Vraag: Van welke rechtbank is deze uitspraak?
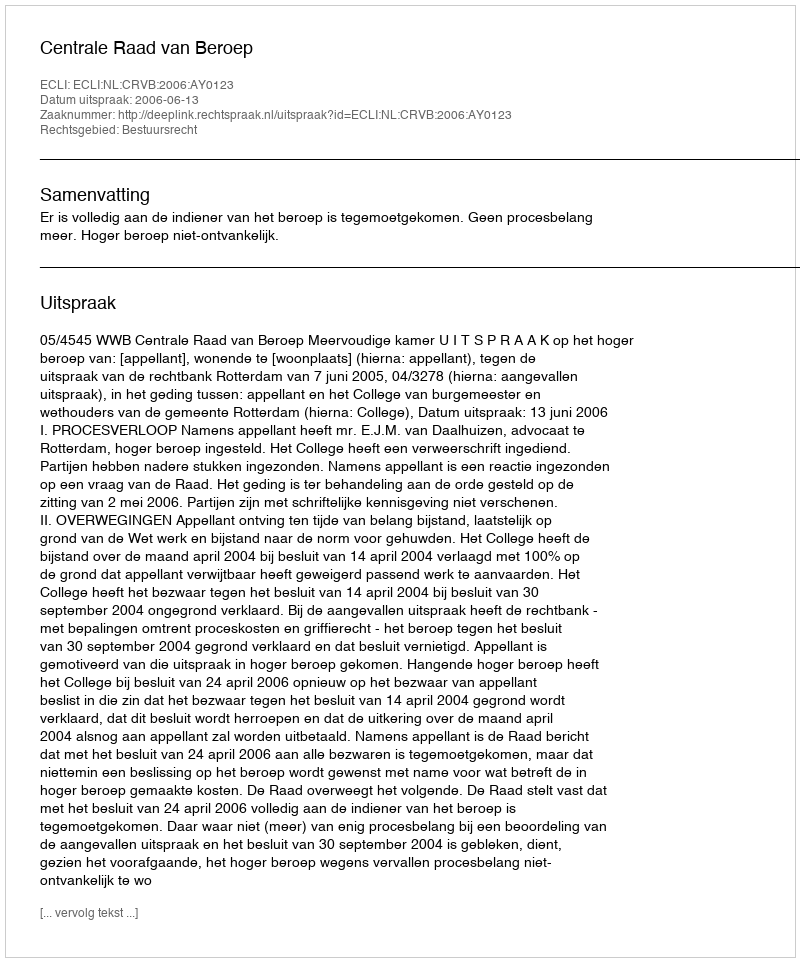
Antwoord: Centrale Raad van Beroep